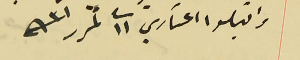
واقبلوا اعتىاري فى ١١ تمرر سنة ٩٣١